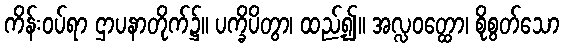
ကိန်းဝပ်ရာ ဌာပနာတိုက်၌။ ပက္ခိပိတွာ၊ ထည့်၍။ အလ္လဝတ္ထော၊ စိုစွတ်သော